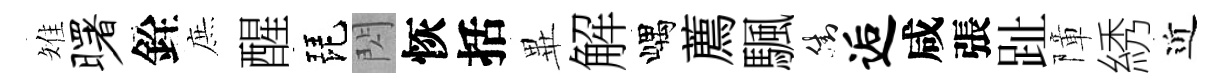
雉曙銓庶醒琵閃恢括𭺾解嵎薦颿街逅咸張趾障綉近